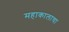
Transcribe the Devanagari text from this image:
महाकालाचा